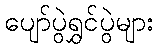
ပျော်ပွဲရွှင်ပွဲများ